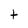
Character: t